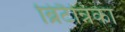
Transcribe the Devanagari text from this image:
ब्रिटैन्निका